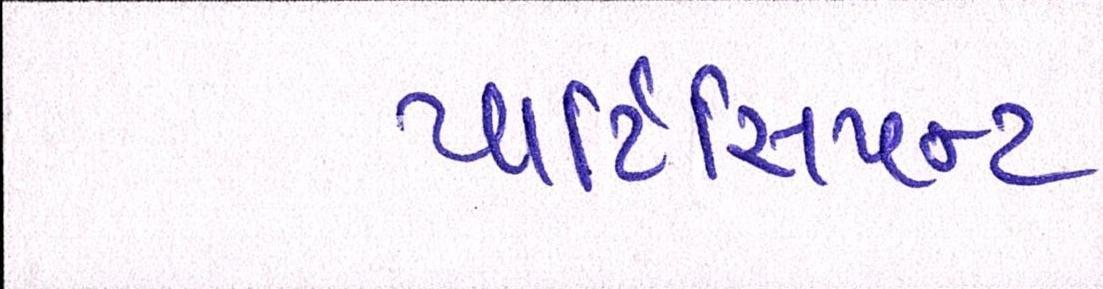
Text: પાર્ટિસિપન્ટ